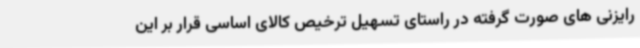
رایزنی های صورت گرفته در راستای تسهیل ترخیص کالای اساسی قرار بر این